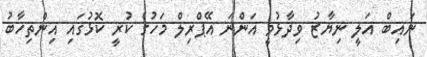
ނައިބް އަލީ ނިޔާޒު ވިދާޅުވީ އަންނަ އޭޕްރިލް މަހުގެ ކުރީ ކޮޅުގައި އިންތިހާބު